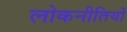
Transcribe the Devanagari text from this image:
लोकनीतियों